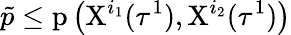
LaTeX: \tilde{p}\leq\mathrm{p}\left(\mathrm{X}^{i_{1}}(\tau^{1}),\mathrm{X}^{i_{2}}(\tau^{1})\right)